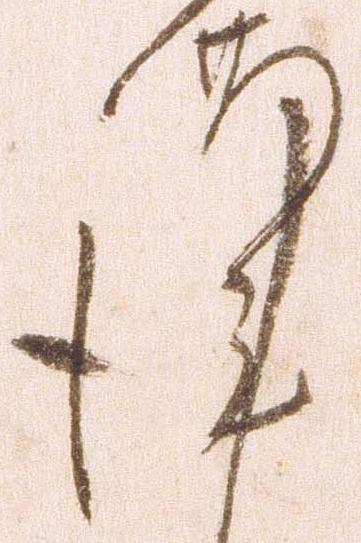
謹